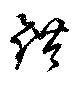
錯